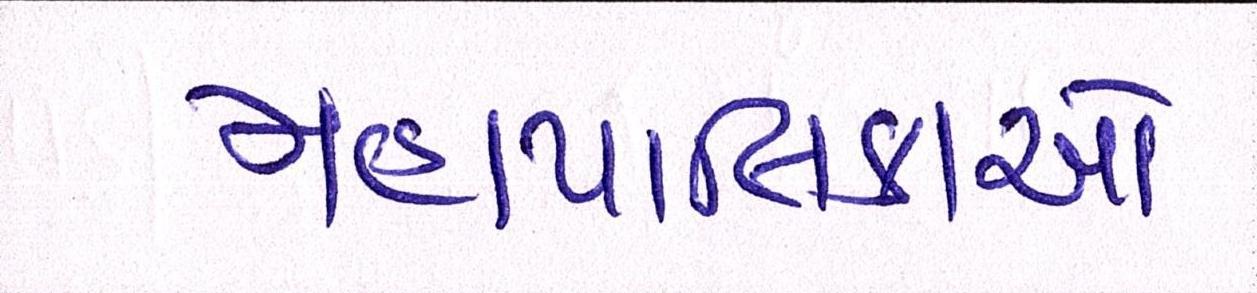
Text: મહાપાલિકાઓ